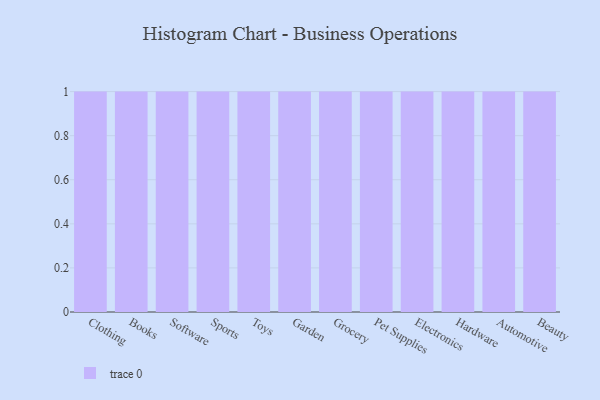
{"axis": {"x": "Category", "y": "Bounce Rate (%)"}, "legend": [""], "data": [{"x": "Clothing", "y": 6, "type": ""}, {"x": "Books", "y": 1, "type": ""}, {"x": "Software", "y": 84, "type": ""}, {"x": "Sports", "y": 43, "type": ""}, {"x": "Toys", "y": 10, "type": ""}, {"x": "Garden", "y": 100, "type": ""}, {"x": "Grocery", "y": 86, "type": ""}, {"x": "Pet Supplies", "y": 9, "type": ""}, {"x": "Electronics", "y": 30, "type": ""}, {"x": "Hardware", "y": 97, "type": ""}, {"x": "Automotive", "y": 32, "type": ""}, {"x": "Beauty", "y": 63, "type": ""}]}